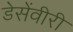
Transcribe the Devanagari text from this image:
डेसेंवीरी